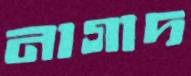
নাগাদ